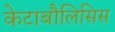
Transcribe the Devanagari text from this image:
केटाबौलिसिस